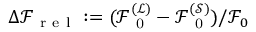
\Delta \mathcal { F } _ { \mathrm { ~ r ~ e ~ l ~ } } : = ( \mathcal { F } _ { \mathrm { ~ 0 ~ } } ^ { ( \mathcal { L } ) } - \mathcal { F } _ { \mathrm { ~ 0 ~ } } ^ { ( \mathcal { S } ) } ) / \mathcal { F } _ { 0 }